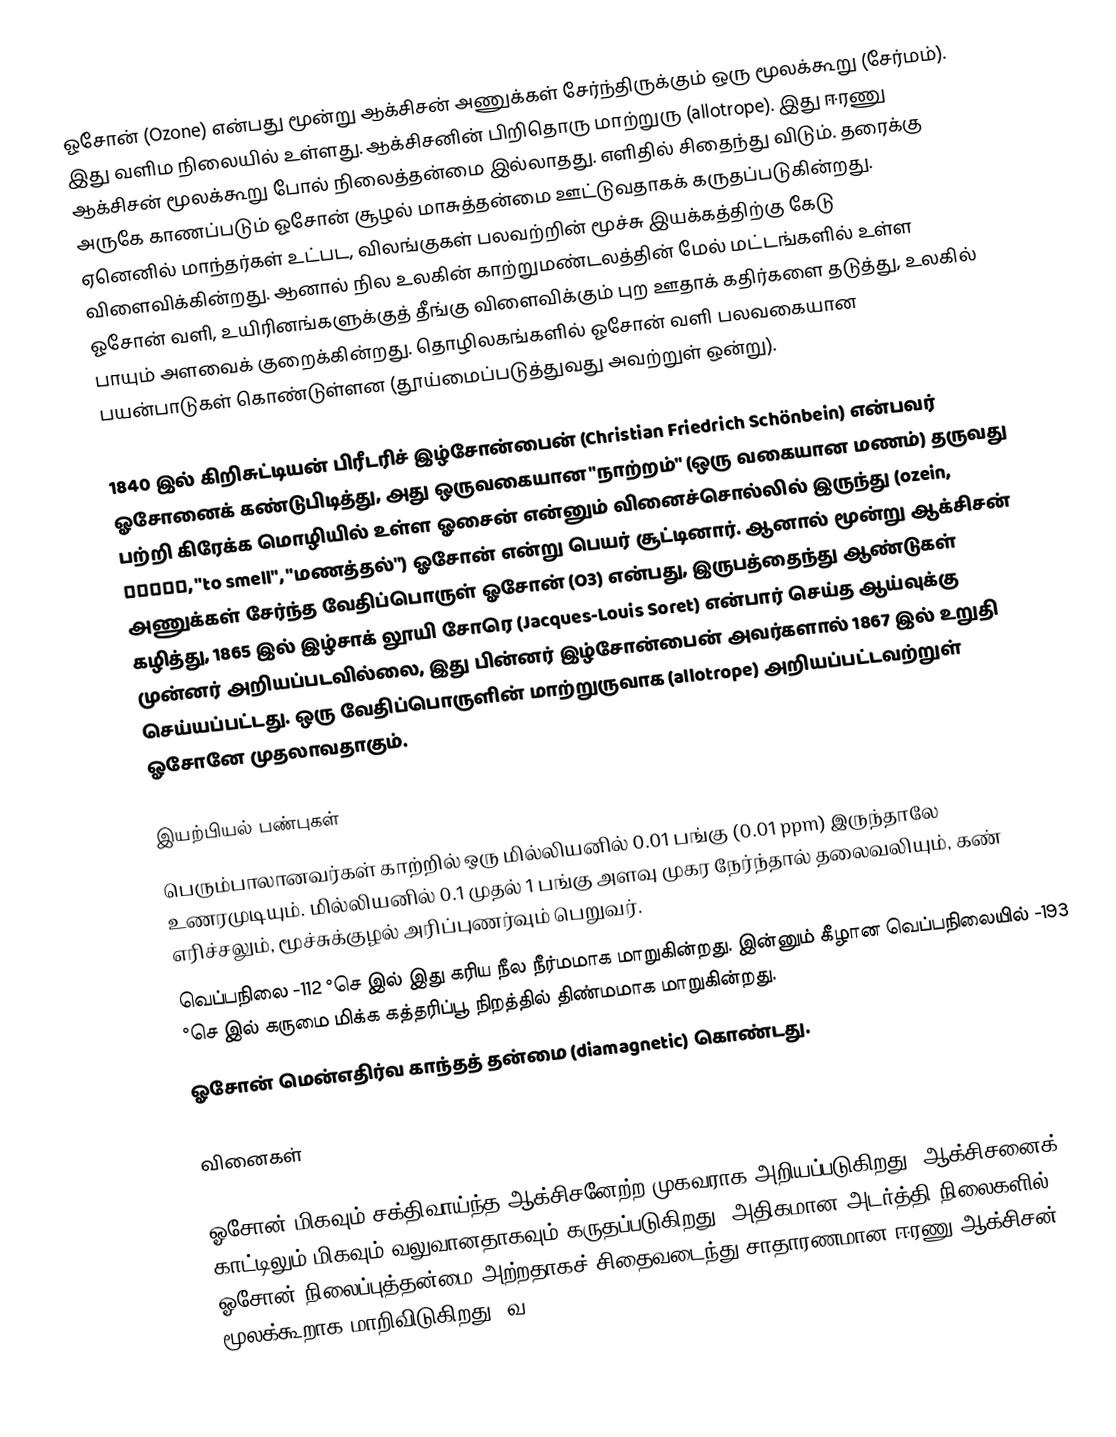
ஓசோன் (Ozone) என்பது மூன்று ஆக்சிசன் அணுக்கள் சேர்ந்திருக்கும் ஒரு மூலக்கூறு (சேர்மம்). இது வளிம நிலையில் உள்ளது. ஆக்சிசனின் பிறிதொரு மாற்றுரு (allotrope). இது ஈரணு ஆக்சிசன் மூலக்கூறு போல் நிலைத்தன்மை இல்லாதது. எளிதில் சிதைந்து விடும். தரைக்கு அருகே காணப்படும் ஓசோன் சூழல் மாசுத்தன்மை ஊட்டுவதாகக் கருதப்படுகின்றது. ஏனெனில் மாந்தர்கள் உட்பட, விலங்குகள் பலவற்றின்  மூச்சு இயக்கத்திற்கு கேடு விளைவிக்கின்றது. ஆனால் நில உலகின் காற்றுமண்டலத்தின் மேல் மட்டங்களில் உள்ள ஓசோன் வளி, உயிரினங்களுக்குத் தீங்கு விளைவிக்கும் புற ஊதாக் கதிர்களை தடுத்து, உலகில் பாயும் அளவைக் குறைக்கின்றது. தொழிலகங்களில் ஓசோன் வளி பலவகையான பயன்பாடுகள் கொண்டுள்ளன (தூய்மைப்படுத்துவது அவற்றுள் ஒன்று).

1840 இல் கிறிசுட்டியன் பிரீடரிச் இழ்சோன்பைன் (Christian Friedrich Schönbein) என்பவர் ஓசோனைக் கண்டுபிடித்து, அது ஒருவகையான "நாற்றம்" (ஒரு வகையான மணம்) தருவது பற்றி கிரேக்க மொழியில் உள்ள ஓசைன் என்னும் வினைச்சொல்லில் இருந்து (ozein, ὄζειν, "to smell", "மணத்தல்") ஓசோன் என்று பெயர் சூட்டினார். ஆனால் மூன்று ஆக்சிசன் அணுக்கள் சேர்ந்த வேதிப்பொருள் ஓசோன் (O3) என்பது, இருபத்தைந்து ஆண்டுகள் கழித்து, 1865 இல் இழ்சாக் லூயி சோரெ (Jacques-Louis Soret) என்பார் செய்த ஆய்வுக்கு முன்னர் அறியப்படவில்லை, இது பின்னர் இழ்சோன்பைன் அவர்களால் 1867 இல் உறுதி செய்யப்பட்டது. ஒரு வேதிப்பொருளின் மாற்றுருவாக (allotrope) அறியப்பட்டவற்றுள் ஓசோனே முதலாவதாகும்.

இயற்பியல் பண்புகள்
பெரும்பாலானவர்கள் காற்றில் ஒரு மில்லியனில் 0.01 பங்கு (0.01 ppm) இருந்தாலே உணரமுடியும். மில்லியனில் 0.1 முதல் 1 பங்கு அளவு முகர நேர்ந்தால் தலைவலியும், கண் எரிச்சலும், மூச்சுக்குழல் அரிப்புணர்வும் பெறுவர்.
வெப்பநிலை  -112 °செ இல் இது கரிய நீல நீர்மமாக மாறுகின்றது. இன்னும் கீழான வெப்பநிலையில் -193 °செ இல் கருமை மிக்க கத்தரிப்பூ நிறத்தில் திண்மமாக மாறுகின்றது.
ஓசோன் மென்எதிர்வ காந்தத் தன்மை (diamagnetic) கொண்டது.

வினைகள்

ஓசோன் மிகவும் சக்திவாய்ந்த ஆக்சிசனேற்ற முகவராக அறியப்படுகிறது. ஆக்சிசனைக் காட்டிலும் மிகவும் வலுவானதாகவும் கருதப்படுகிறது. அதிகமான அடர்த்தி நிலைகளில் ஓசோன் நிலைப்புத்தன்மை அற்றதாகச் சிதைவடைந்து சாதாரணமான ஈரணு ஆக்சிசன் மூலக்கூறாக மாறிவிடுகிறது.  வ